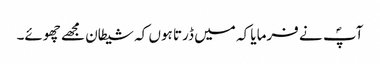
آپؐ نے فرمایا کہ میں ڈرتا ہوں کہ شیطان مجھے چھوئے۔